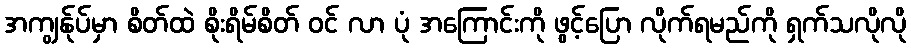
အကျွန်ုပ်မှာ စိတ်ထဲ စိုးရိမ်စိတ် ဝင် လာ ပုံ အကြောင်းကို ဖွင့်ပြော လိုက်ရမည်ကို ရှက်သလိုလို